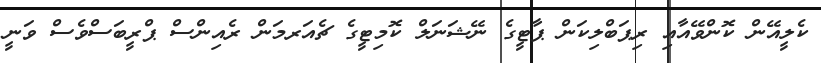
ކެލީއޭން ކޮންވޭއާއި ރިޕަބްލިކަން ޕާޓީގެ ނޭޝަނަލް ކޮމިޓީގެ ޗެއަރމަން ރެއިންސް ޕްރީބަސްވެސް ވަނީ